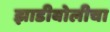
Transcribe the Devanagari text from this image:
झाडीबोलीचा